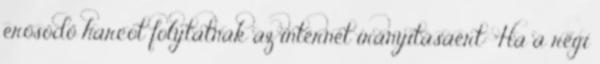
erősödő harcot folytatnak az internet irányításáért: "Ha a régi